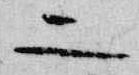
二